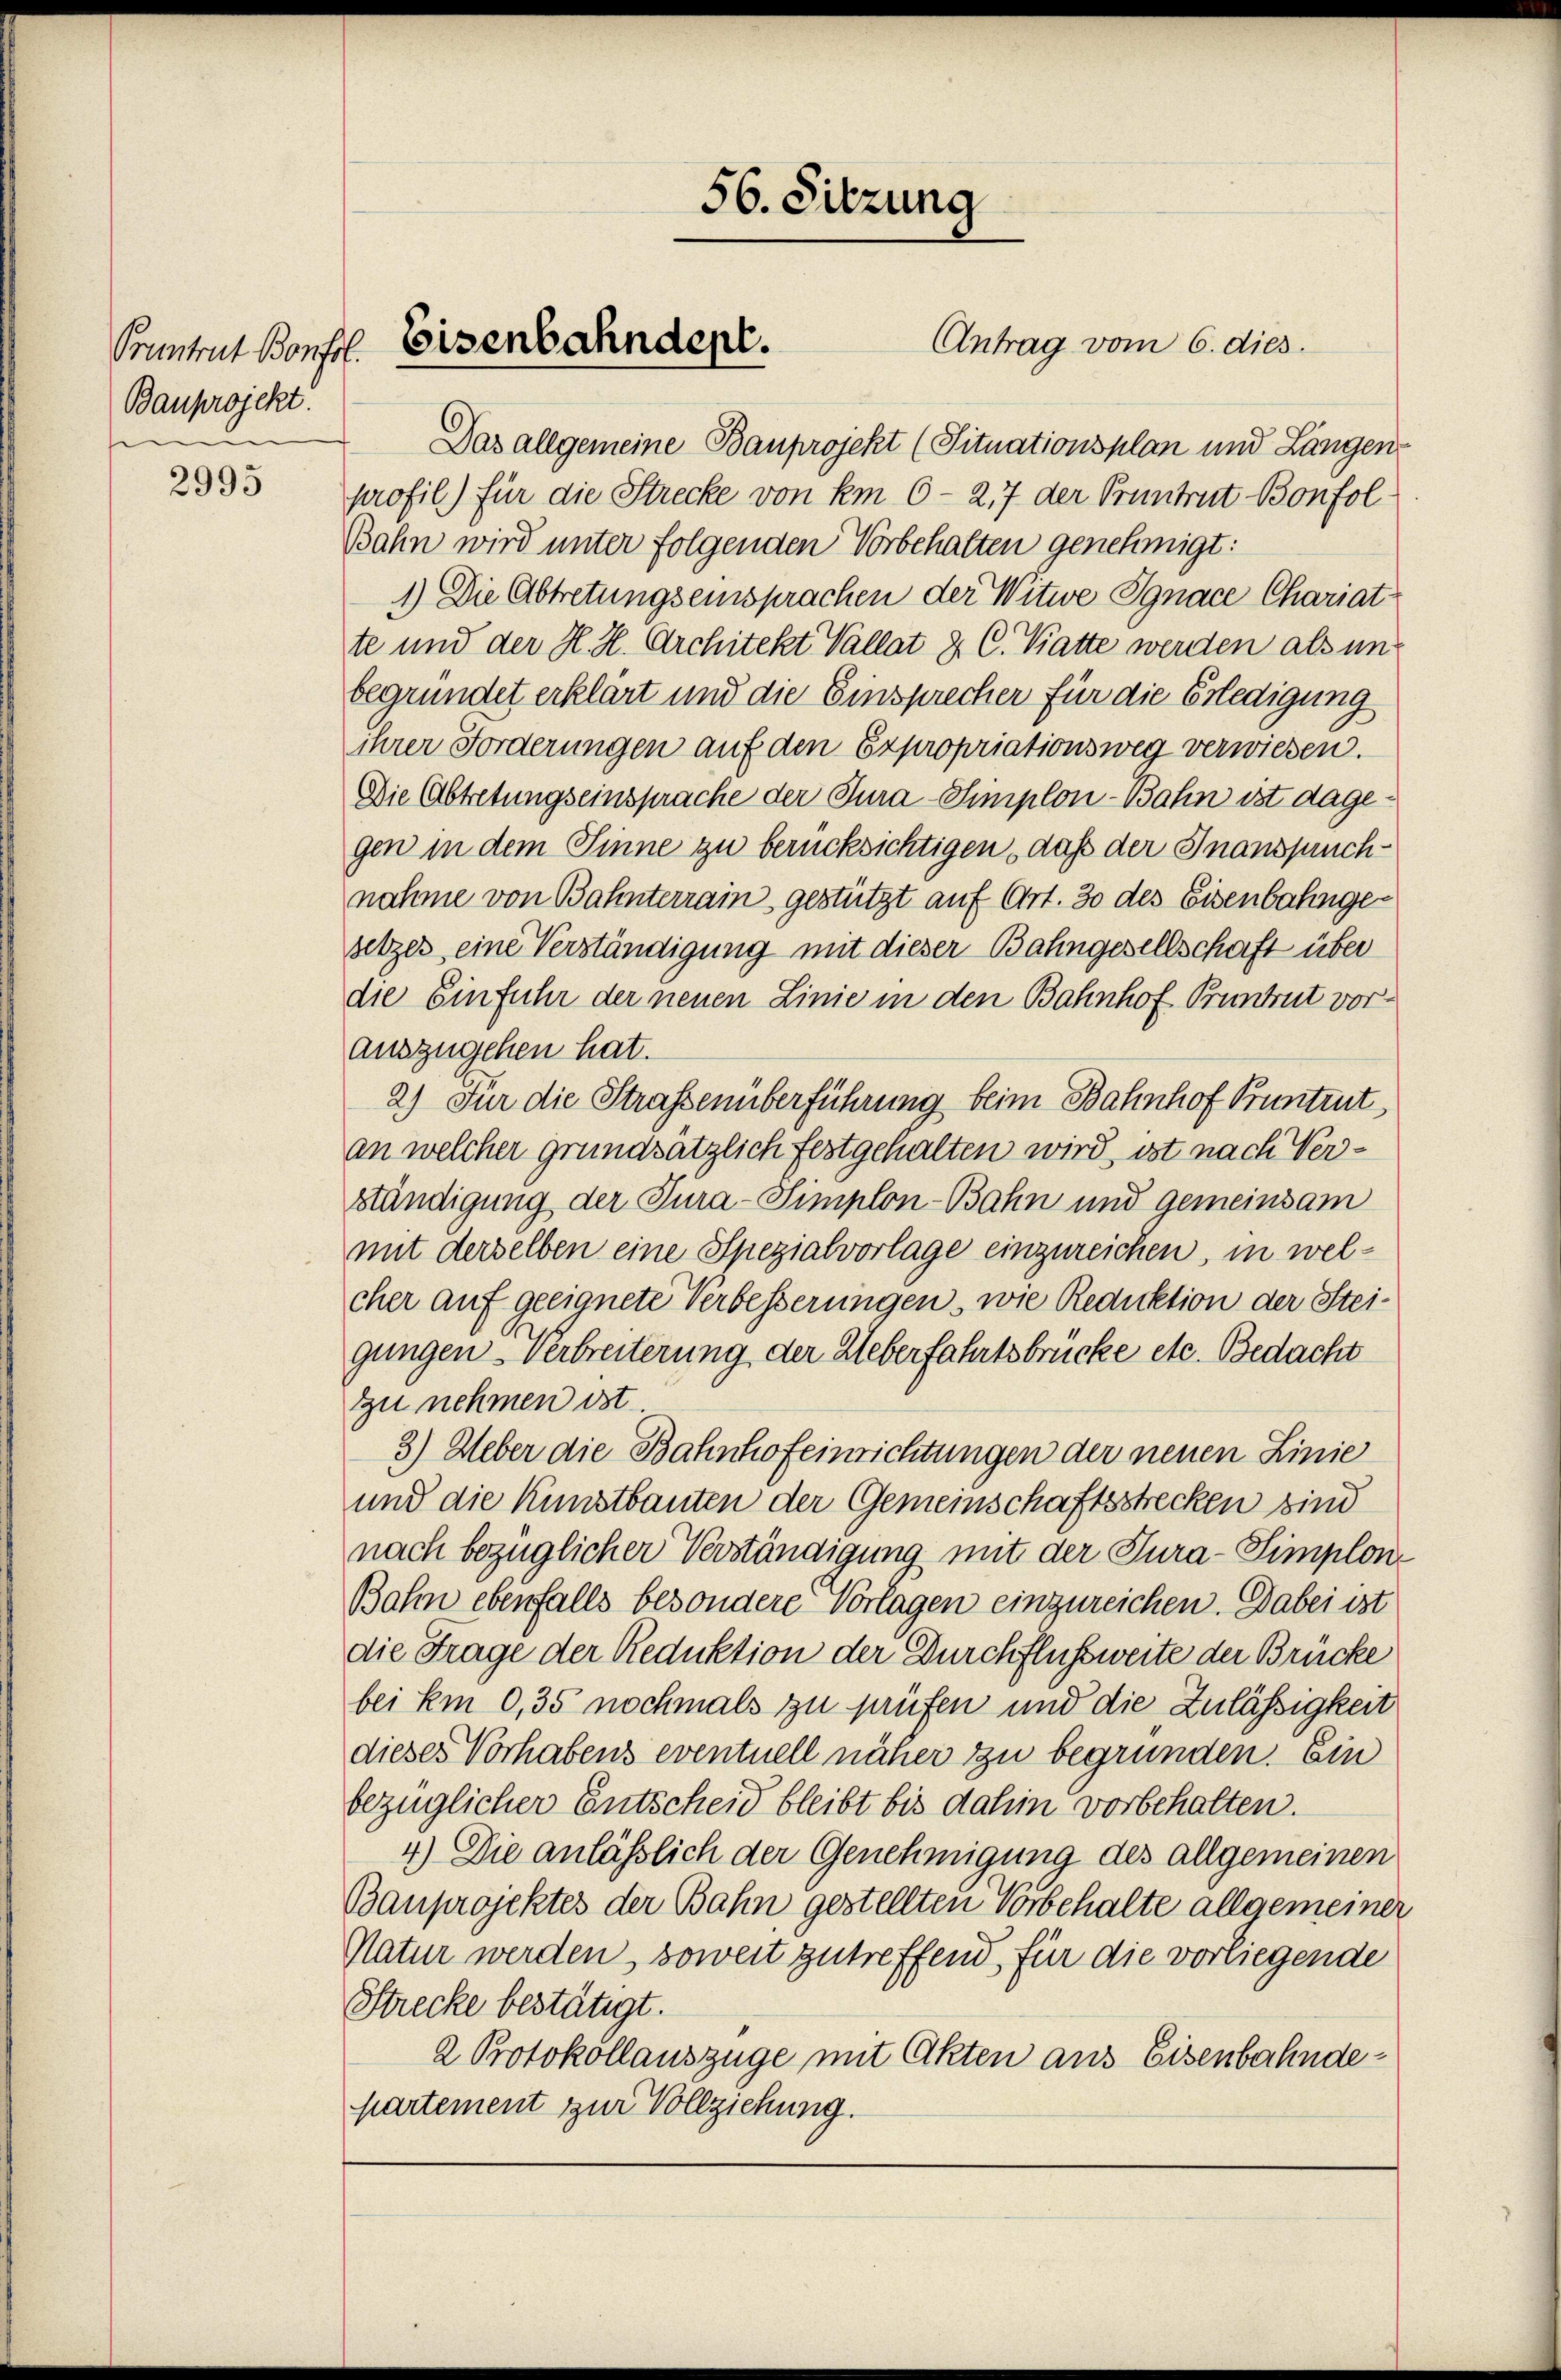
Pruntrat Bonfol
Bauprojekt
e

2995

.
Das allgemeine Bauprojekt (Situationsplan und Längen
profil) für die Strecke von km 6-217 der Pruntrut Bonfol
Bahn wird unter folgenden Vorbehalten genehmigt:
1.) Die Abtretungseinsprachen der Witwe Jgnace Chariatte und der H. H. Architekt Vallat 2. C. Katte werden als un
begründet erklärt und die Einsprecher für die Erledigung
ihrer Forderungen auf den Expropriationsweg verwiesen.
Die Abtretungseinsprache der Tura-Simplon-Bahn ist dagegen in dem Sinne zu berücksichtigen, daß der Inanspruchnahme von Bahnterrain, gestützt auf Art. 30 des Eisenbahngesetzes eine Verständigung mit dieser Bahngesellschaft über
die Einfuhr der neuen Linie in den Bahnhof Pruntrut vorauszugehen hat.
2) Für die Strassenüberführung beim Bahnhof Bruntrut
an welcher grundsätzlich festgehalten wird, ist nach Verständigung der Tura-Simplon-Bahn und gemeinsam
mit derselben eine Spezialvorlage einzureichen, in welcher auf geeignete Verbesserungen, wie Reduktion der Steigungen verbreiterung der Ueberfahrtsbrücke etc. Bedacht
zu nehmen ist.
3.) Ueber die Bahnhofeinrichtungen der neuen Linie
und die Kunstbauten der Gemeinschaftsstrecken sind
nach bezüglicher Verständigung mit der Tura-Simplon¬
Bahn ebenfalls besondere Vortagen einzureichen. Dabei ist
die Frage der Reduktion der Durchflussweite der Brücke
bei km 0,35 nochmals zu prüfen und die Zulässigkeit
dieses Vorhabens eventuell näher zu begründen. Ein
bezüglicher Entscheid bleibt bis dahin vorbehalten.
4.) Die anlässlich der Genehmigung des allgemeinen
Bauprojektes der Bahn gestellten Vorbehalte allgemeiner
Natur werden, soweit zutreffend, für die vorliegende
Strecke bestätigt.
2 Protokollauszüge mit Akten aus Eisenbahndepartement zur Vollziehung.

Eisenbahndept.

56. Sitzung

Antrag vom 6. dies.